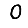
Digit: 0